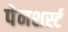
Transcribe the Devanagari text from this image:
पेनशर्स्ट